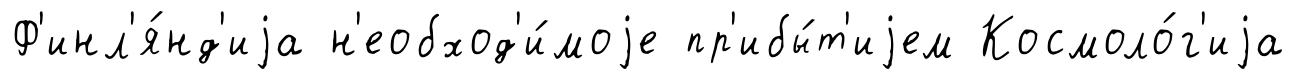
Ф'инл'я́нд'иjа н'еобход'и́моjе пр'ибы́т'иjем Космоло́г'иjа